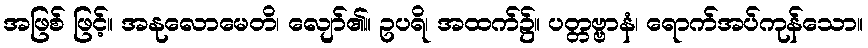
အဖြစ် ဖြင့်။ အနုလောမေတိ၊ လျော်၏။ ဥပရိ၊ အထက်၌။ ပတ္တဗ္ဗာနံ၊ ရောက်အပ်ကုန်သော။